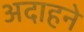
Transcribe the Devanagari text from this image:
अदाहने